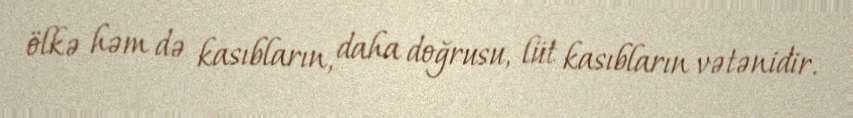
ölkə həm də kasıbların, daha doğrusu, lüt kasıbların vətənidir.